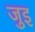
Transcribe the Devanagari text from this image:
जुइ